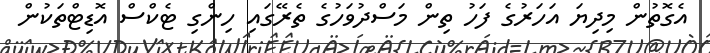
އެގޮތުން މިދިޔަ އަހަރުގެ ފަހު ތިން މަސްދުވަހުގެ ތެރޭގައި ހިންގި ޓެކްސް އޮޑިޓްތަކުން